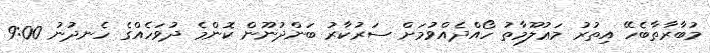
މުބާރާތާބެހޭ އިތުރު މަޢުލޫމާތު ހޯއްދެއްވުމަށް ސަރުކާރު ބަންދުނޫން ކޮންމެ ދުވަހެއްގެ ހެނދުނު 9:00